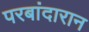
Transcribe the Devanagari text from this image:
परबांदारान